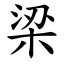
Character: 梁